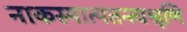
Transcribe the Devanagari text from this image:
नाकस्मात्पतन्त्यश्रूणि